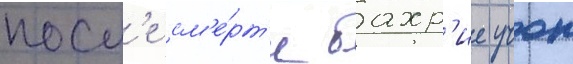
посл'е см'е́рт'и бахр'ие учок